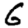
Digit: 6